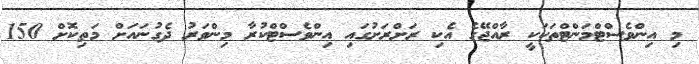
މި އިންވެސްޓްމަންޓްތަކަކީ ރާއްޖޭގެ އެކި ރަށްރަށުގައި އިންވެސްޓްކުރާ މިންވަރު ދެގުނައަށް މަތިކޮށް 150